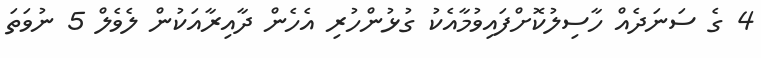
4 ގެ ސަނަދެއް ހާސިލުކޮށްފައިވުމާއެކު ގުޅުންހުރި އެހެން ދާއިރާއަކުން ލެވެލް 5 ނުވަތަ